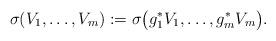
LaTeX: \begin{align*} \sigma(V_1, \ldots, V_m) := \sigma\big( g_1^*V_1,\ldots,g_m^* V_m\big) .\end{align*}